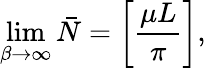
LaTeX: \operatorname*{lim}_{\beta\rightarrow\infty}\bar{N}=\left[{\frac{\mu L}{\pi}}\right],